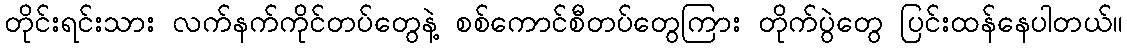
တိုင်းရင်းသား လက်နက်ကိုင်တပ်တွေနဲ့ စစ်ကောင်စီတပ်တွေကြား တိုက်ပွဲတွေ ပြင်းထန်နေပါတယ်။